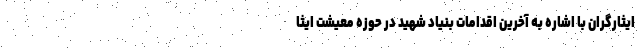
ایثارگران با اشاره به آخرین اقدامات بنیاد شهید در حوزه معیشت ایثا